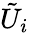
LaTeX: \tilde{U}_{i}